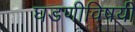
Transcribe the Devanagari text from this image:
घडणीविषयी